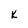
Character: K